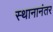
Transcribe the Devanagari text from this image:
स्थानानंतर